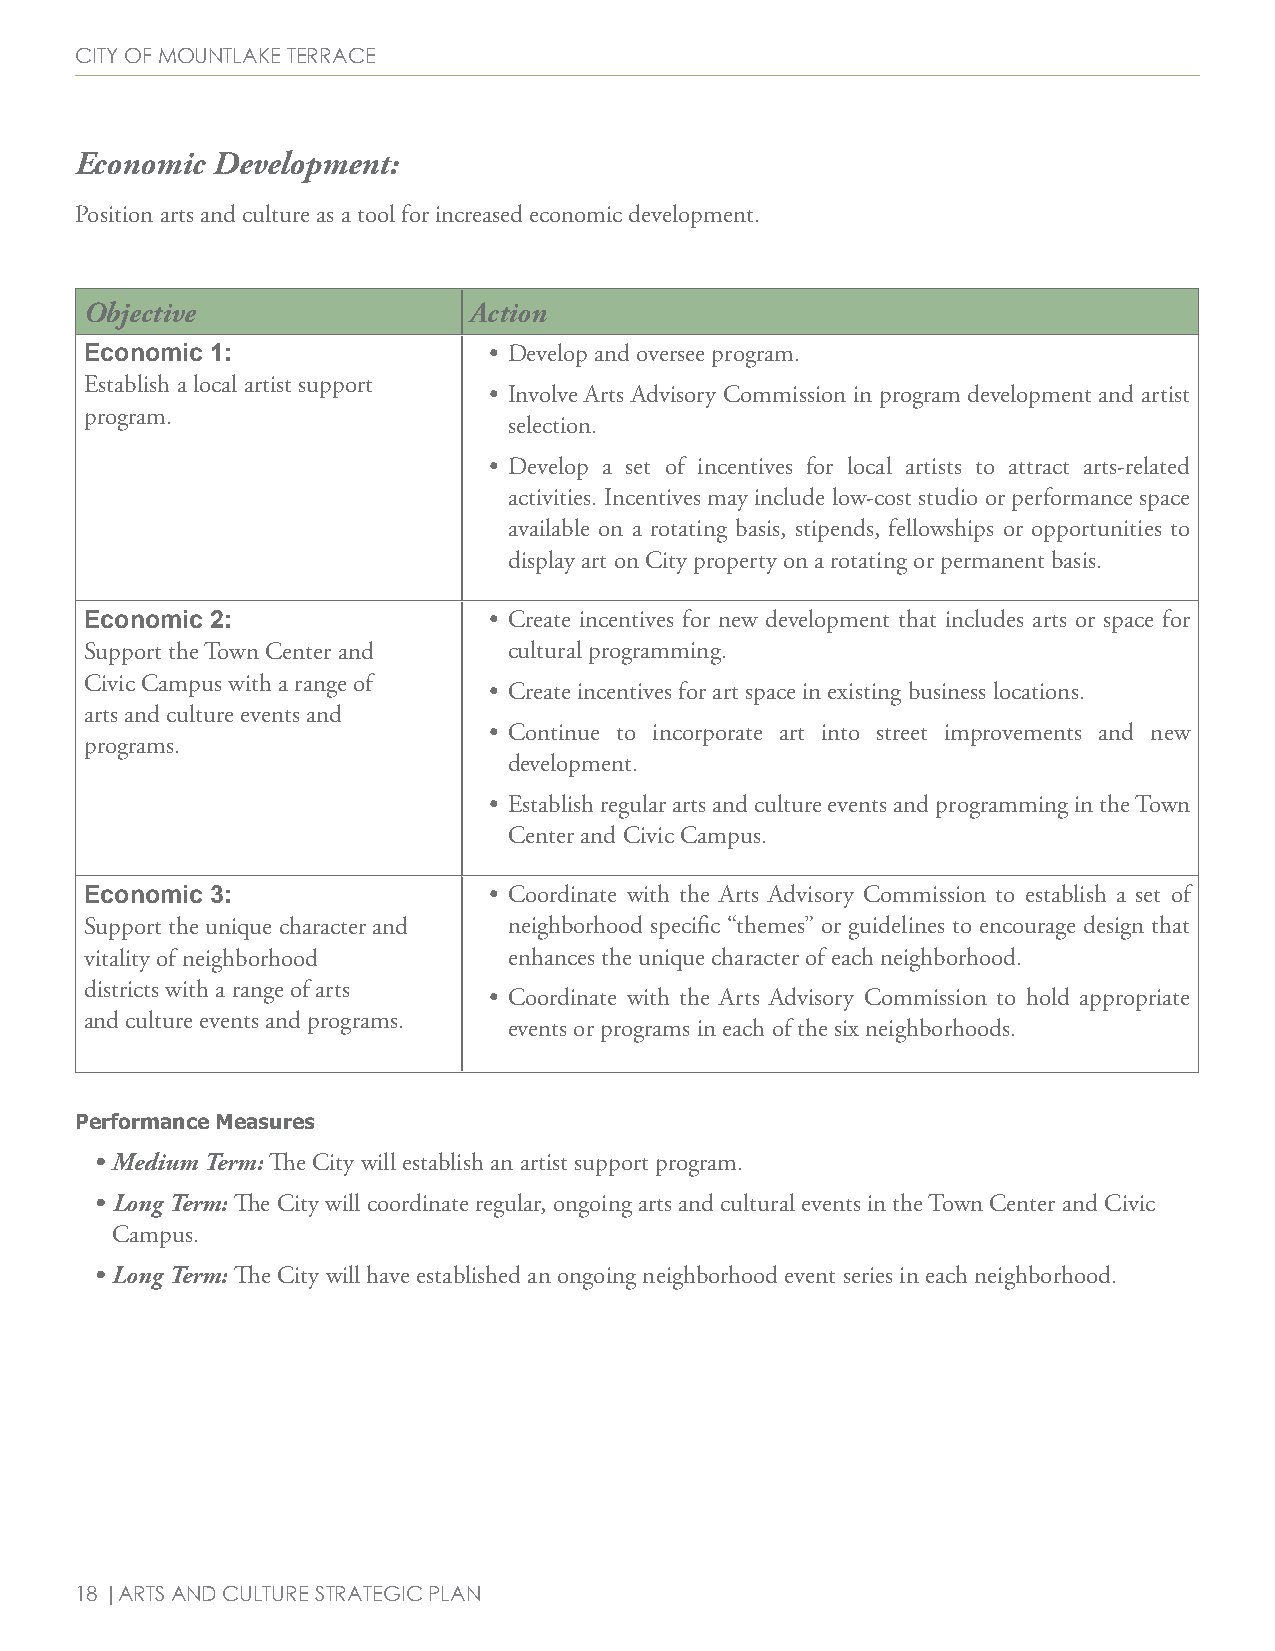
City of mountlake terraCe
 Economic Development:
 Position arts and culture as a tool for increased economic development.
 Objective                Action
 Economic 1:               • Develop and oversee program.
 Establish a local artist support
 • Involve Arts Advisory Commission in program development and artist
 program.
 selection.
 • Develop a set of incentives for local artists to attract arts-related
 activities. Incentives may include low-cost studio or performance space
 available on a rotating basis, stipends, fellowships or opportunities to
 display art on City property on a rotating or permanent basis.
 Economic 2:               • Create incentives for new development that includes arts or space for
 Support the Town Center and cultural programming.
 Civic Campus with a range of
 • Create incentives for art space in existing business locations.
 arts and culture events and
 • Continue to incorporate art into street improvements and new
 programs.
 development.
 • Establish regular arts and culture events and programming in the Town
 Center and Civic Campus.
 Economic 3:               • Coordinate with the Arts Advisory Commission to establish a set of
 Support the unique character and neighborhood specific “themes” or guidelines to encourage design that
 vitality of neighborhood    enhances the unique character of each neighborhood.
 districts with a range of arts
 • Coordinate with the Arts Advisory Commission to hold appropriate
 and culture events and programs.
 events or programs in each of the six neighborhoods.
 Performance Measures
 • Medium Term: The City will establish an artist support program.
 • Long Term: The City will coordinate regular, ongoing arts and cultural events in the Town Center and Civic
 Campus.
 • Long Term: The City will have established an ongoing neighborhood event series in each neighborhood.
 18 |arts and Culture strategiC Plan